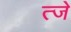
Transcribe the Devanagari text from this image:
त्जे